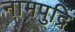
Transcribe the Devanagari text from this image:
नामपुद्रि